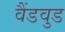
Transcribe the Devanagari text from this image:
वैंडवुड